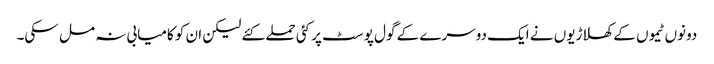
دونوں ٹیموں کے کھلاڑیوں نے ایک دوسرے کے گول پوسٹ پر کئی حملے کئے لیکن ان کو کامیابی نہ مل سکی۔